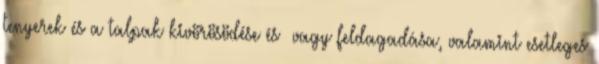
tenyerek és a talpak kivörösödése és vagy feldagadása, valamint esetleges